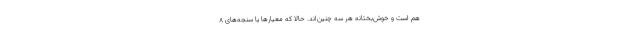
هم است و خوش‌بختانه هر سه چنین‌اند. حالا که معیارها یا سنجه‌های 8